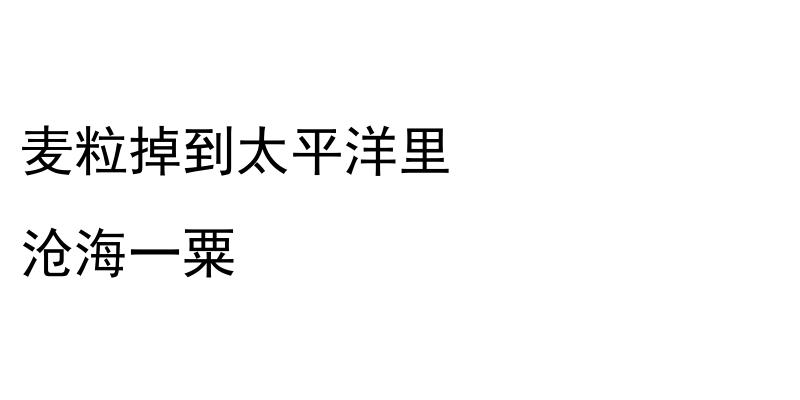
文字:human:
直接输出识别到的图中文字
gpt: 麦粒掉到太平洋里 沧海一粟